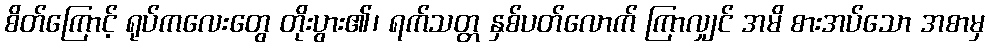
စိတ်ကြောင့် ရုပ်ကလေးတွေ တိုးပွား၏၊ ရက်သတ္တ နှစ်ပတ်လောက် ကြာလျှင် အမိ စားအပ်သော အစာမှ